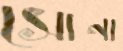
সোনা